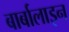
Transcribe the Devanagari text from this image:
बार्बालाइन